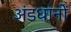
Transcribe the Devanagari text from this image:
अंडधानों